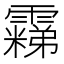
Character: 𬰐